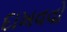
દાખવવો